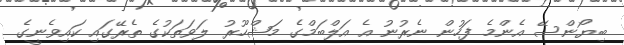
ބިޔޯންސޭ އެންމެ ފަހުން ނެރުނު އެ އަލްބަމްގެ މަޝްހޫރު ލަވަތަކުގެ ތެރޭގައި ކައިވެނީގެ